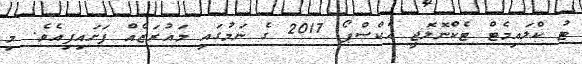
ޓު ކްލައިމެޓް ޓެކްނޮލޮޖީ އެކްސްޕޯ 2017 ގެ ނަމުގައި މައުރަޒެއް ފަށައިފިއެވެ. މި